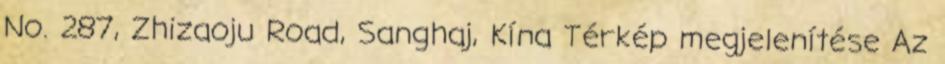
No. 287, Zhizaoju Road, Sanghaj, Kína Térkép megjelenítése Az